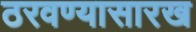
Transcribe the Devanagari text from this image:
ठरवण्यासारख